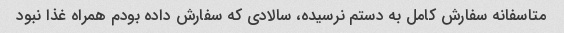
متاسفانه سفارش کامل به دستم نرسیده، سالادی که سفارش داده بودم همراه غذا نبود